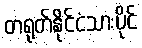
တရုတ်နိုင်ငံသားပိုင်